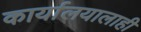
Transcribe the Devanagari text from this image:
कार्यालयालाही